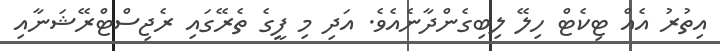
އިތުރު އެއް ޓިކެޓް ހިލޭ ލިބިގެންދާނެއެވެ. އަދި މި ފީގެ ތެރޭގައި ރެޖިސްޓްރޭޝަނާއި